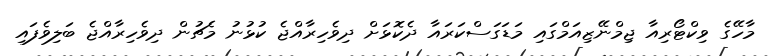
މާހޭގެ ވިކްޓޯރިއާ ޖިމްނޭޒިއަމްގައި މަޑަގަސްކަރައާ ދެކޮޅަށް ދިވެހިރާއްޖެ ކުޅުނު މެޗުން ދިވެހިރާއްޖެ ބަލިވެފައި